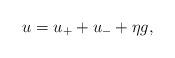
LaTeX: \begin{align*}u=u_++u_-+\eta g,\end{align*}